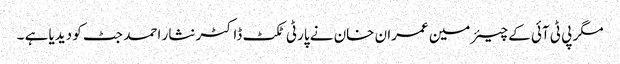
مگر پی ٹی آئی کے چیئرمین عمران خان نے پارٹی ٹکٹ ڈاکٹر نثار احمد جٹ کو دیدیا ہے ۔